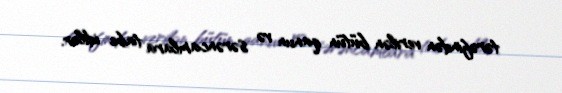
tərəfindən verilən bütün qanun və sərəncamlara tabe idilər.